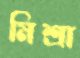
মিশ্রা